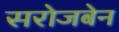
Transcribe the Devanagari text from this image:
सरोजबेन